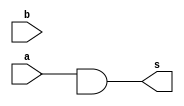
// -------------------------
// Guia_0502.v - GATES
// Nome: Arthur Martinho Medeiros Oliveira
// -------------------------

module f7 (output s, input a, input b);
  // Definir dados locais
  wire not_b;
  
  // Descrever por portas
  wire a_or_not_b;
  nand NAND1 (a_or_not_b, a, not_b);
  nand NAND2 (s, a_or_not_b, a_or_not_b);
  
endmodule // f7

module test_f7;
  // Definir dados
  reg x;
  reg y;
  wire s;
  
  f7 moduloD (s, x, y);
  
  // Parte principal
  initial begin
      $display("Guia_0502 - Arthur Martinho Medeiros Oliveira - 813168");
    $display("Test module");
    $display(" x y s");
    
    
    x = 0; y = 0;
    #5;
      
    // Projetar testes do modulo
    $monitor("%4b %4b %4b", x, y, s);
    
    x = 0; y = 1;
    #5;
    x = 1; y = 0;
    #5; 
    x = 1; y = 1;
    #5;
    $finish; 
  end
endmodule // test_f7